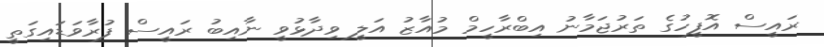
ރައީސް އޮފީހުގެ ތަރުޖަމާނު އިބްރާހީމް މުއާޒު އަލީ ވިދާޅުވީ ނާއިބު ރައީސް ފުރާވަޑައިގަތީ